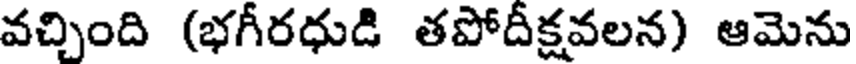
వచ్చింది (భగీరధుడి తపోదీక్షవలన) ఆమెను